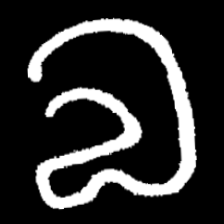
Pyu character \u2014 Myanmar letter: လ (romanized: la)